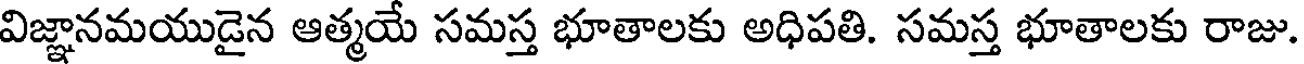
విజ్ఞానమయుడైన ఆత్మయే సమస్త భూతాలకు అధిపతి. సమస్త భూతాలకు రాజు.